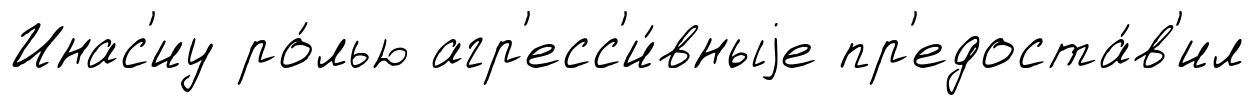
Инас'иу ро́лью агр'есс'и́вныjе пр'едоста́в'ил